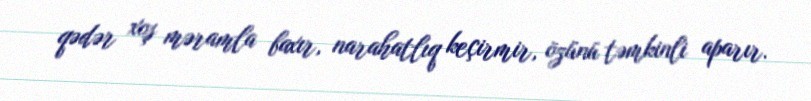
qədər xoş məramla baxır, narahatlıq keçirmir, özünü təmkinli aparır.